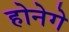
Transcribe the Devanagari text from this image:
होनेगे